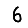
Digit: 6